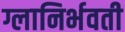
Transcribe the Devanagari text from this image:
ग्लानिर्भवती